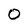
Character: O